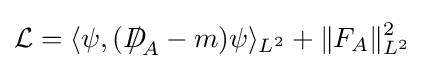
{\mathcal {L}}=\langle \psi ,({D\!\!\!\!/}_{A}-m)\psi \rangle _{L^{2}}+\|F_{A}\|_{L^{2}}^{2}